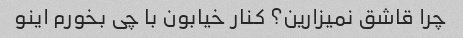
چرا قاشق نمیزارین؟ کنار خیابون با چی بخورم اینو